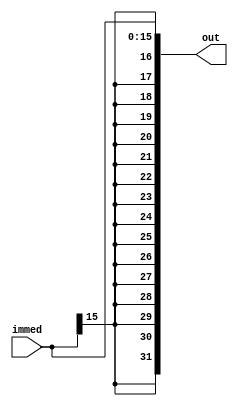
`timescale 1ns / 1ps
`default_nettype none //helps catch typo-related bugs
//////////////////////////////////////////////////////////////////////////////////
// 
// CS 141 - Fall 2015
// Module Name:    signExt 
// Author(s): 
// Description: 
//
//
//////////////////////////////////////////////////////////////////////////////////
module signExt(immed, out);

	//parameter definitions
	parameter N_in = 16;
	parameter N_out = 32;

	//port definitions - customize for different bit widths
	input wire [N_in-1:0] immed;
	output wire [N_out-1:0] out;
	
	assign out[N_in-1:0] = immed[N_in-1:0];
	assign out[N_out-1:N_in] = {16{immed[N_in-1]}};


endmodule
`default_nettype wire //some Xilinx IP requires that the default_nettype be set to wire